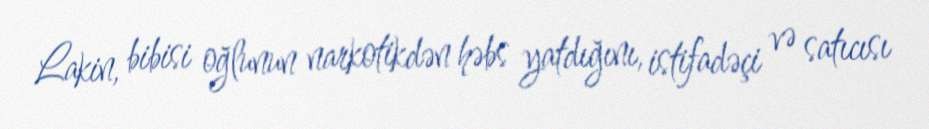
Lakin, bibisi oğlunun narkotikdən həbs yatdığını, istifadəçi və satıcısı